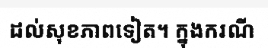
ដល់សុខភាពទៀត។ ក្នុងករណី